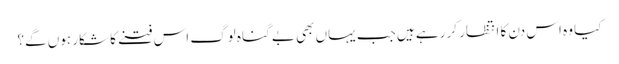
کیا وہ اس دن کا انتظار کر رہے ہیں جب یہاں بھی بے گناہ لوگ اس فتنے کا شکار ہوں گے؟